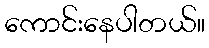
ကောင်းနေပါတယ်။